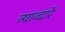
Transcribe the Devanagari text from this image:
त्याव्दारे